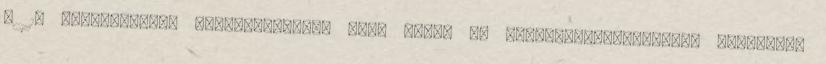
A 10 legfontosabb szolgáltatás-, ill. falu- és településfejlesztési megoldási